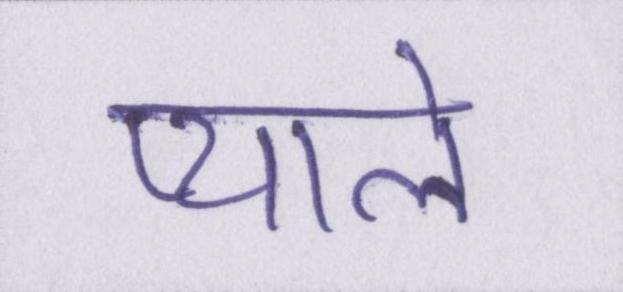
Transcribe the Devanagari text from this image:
प्याले